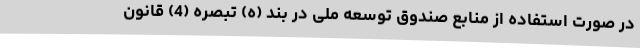
در صورت استفاده از منابع صندوق توسعه ملی در بند (ه) تبصره (4) قانون